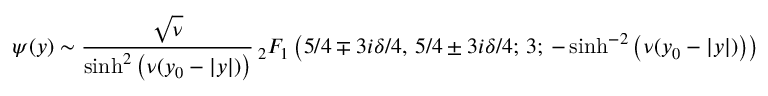
\psi ( y ) \sim \frac { \sqrt { \nu } } { \sinh ^ { 2 } \left( \nu ( y _ { 0 } - | y | ) \right) } { \, } _ { 2 } F _ { 1 } \left( 5 / 4 \mp 3 i \delta / 4 , \, 5 / 4 \pm 3 i \delta / 4 ; \, 3 ; \, - \sinh ^ { - 2 } \left( \nu ( y _ { 0 } - | y | ) \right) \right)